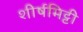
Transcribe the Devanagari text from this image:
शीर्षमिट्टी